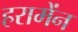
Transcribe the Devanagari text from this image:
हरामेंन